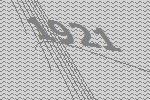
1921